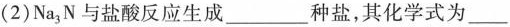
(2)Na_{3}N与盐酸反应生成___种盐，其化学式为___